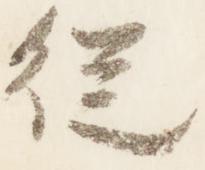
従